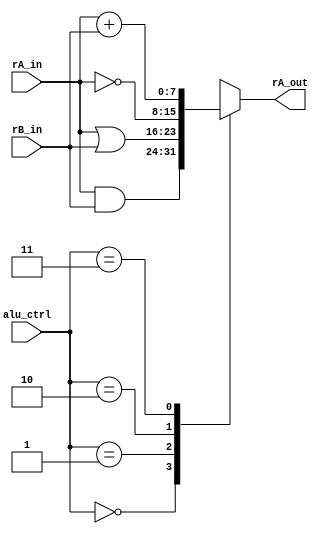
//--------------------------------------------------------------------
// Name: Omkar Girish Kamath
// Description: Arithmetic and Logic Unit of the processor
//--------------------------------------------------------------------

module alu (
	    alu_ctrl,
	    rA_in,
	    rB_in,
	    rA_out,
	    );

   //--------------------------------------------------------------------
   // Calculation Format
   //--------------------------------------------------------------------
   localparam AND = 2'b00;
   localparam OR  = 2'b01;
   localparam INV = 2'b10;
   localparam ADD = 2'b11;

   //--------------------------------------------------------------------
   // Input Signals
   //--------------------------------------------------------------------
   input wire [7:0] rA_in;
   input wire [7:0] rB_in;
   input wire [1:0] alu_ctrl;

   //--------------------------------------------------------------------
   // Output Signals
   //--------------------------------------------------------------------
   output reg [7:0] rA_out;

   always@ (*)
     begin
	case (alu_ctrl)
	  AND :
	    begin
	       rA_out <= rA_in & rB_in;
	    end

	  OR  :
	    begin
	       rA_out <= rA_in | rB_in;
	    end

	  INV :
	    begin
	       rA_out <= ~rA_in;
	    end

	  ADD :
	    begin
	       rA_out <= rA_in + rB_in;
	    end

	  default :
	    begin
	       rA_out <= rA_in;
	    end
	endcase // case (alu_ctrl)

     end
endmodule